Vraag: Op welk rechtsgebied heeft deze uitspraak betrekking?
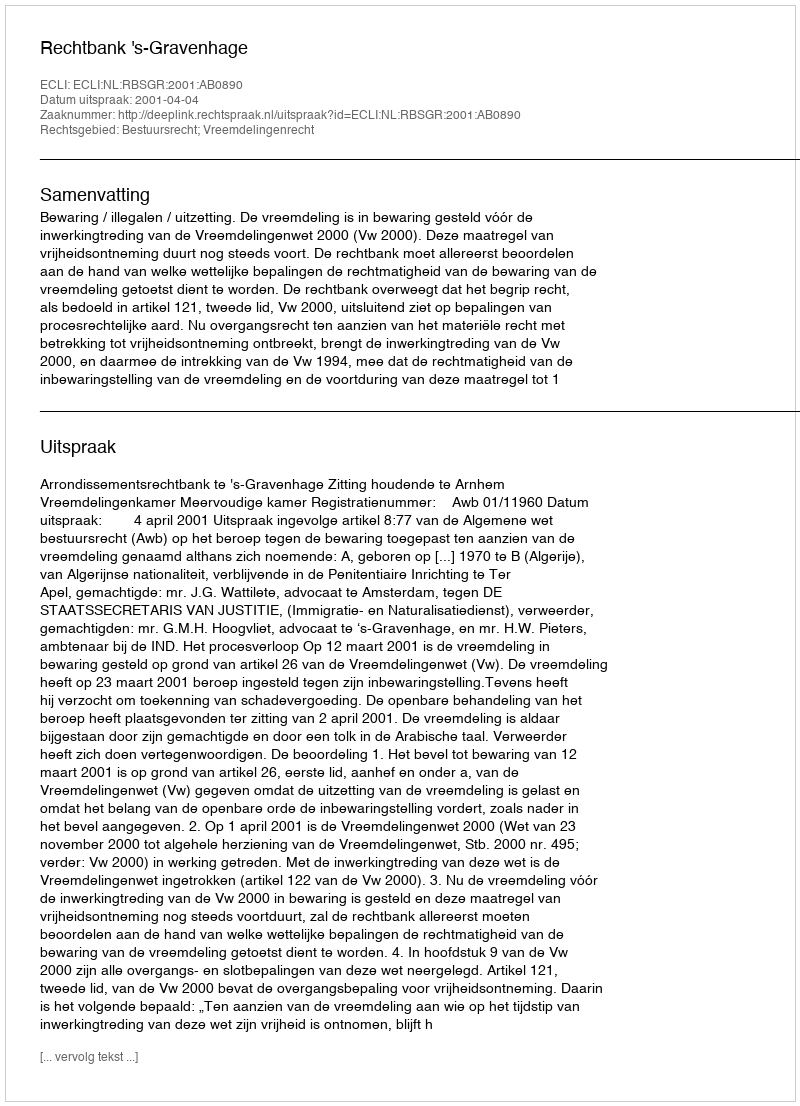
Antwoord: Bestuursrecht; Vreemdelingenrecht